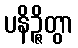
ပနိဉ္ဇိတွာ